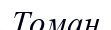
Томан